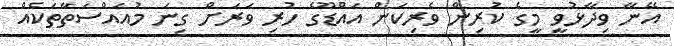
އޭނާ ވިދާޅުވީ މީގެ ކުރިން ވެރިކަން އައްޑޫގެ ހުރި ވަރަށް ގިނަ މުއައްސަތާތަކެއް